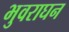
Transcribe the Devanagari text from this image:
भुवराघन